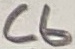
Text: C6